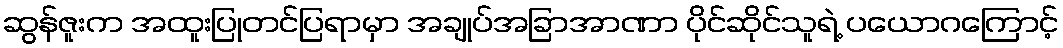
ဆွန်ဇူးက အထူးပြုတင်ပြရာမှာ အချုပ်အခြာအာဏာ ပိုင်ဆိုင်သူရဲ့ ပယောဂကြောင့်